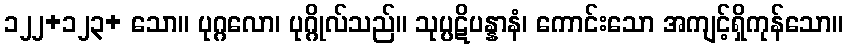
၁၂၂+၁၂၃+ သော။ ပုဂ္ဂလော၊ ပုဂ္ဂိုလ်သည်။ သုပ္ပဋိပန္နာနံ၊ ကောင်းသော အကျင့်ရှိကုန်သော။